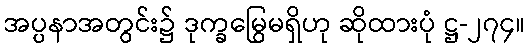
အပ္ပနာအတွင်း၌ ဒုက္ခမြွေမရှိဟု ဆိုထားပုံ ဋ္ဌ-၂၇၄။